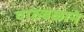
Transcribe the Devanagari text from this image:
पाठबळाने